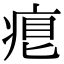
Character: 𤶨